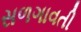
સળગાવતી